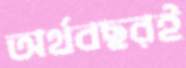
অর্থবছরই